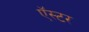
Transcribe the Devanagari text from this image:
ऍस्टर